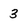
Character: 3